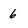
Character: 6